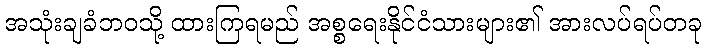
အသုံးချခံဘဝသို့ ထားကြရမည် အစ္စရေးနိုင်ငံသားများ၏ အားလပ်ရပ်တခု